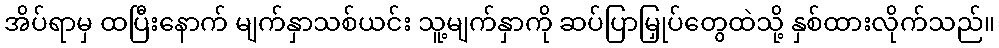
အိပ်ရာမှ ထပြီးနောက် မျက်နှာသစ်ယင်း သူ့မျက်နှာကို ဆပ်ပြာမြှုပ်တွေထဲသို့ နှစ်ထားလိုက်သည်။